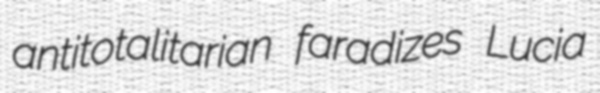
antitotalitarian faradizes Lucia